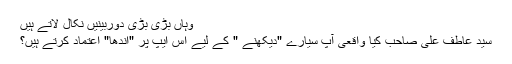
وہاں بڑی بڑی دوربینیں نکال لاتے ہیں
سید عاطف علی صاحب کیا واقعی آپ سیارے "دیکھنے " کے لیے اس ایپ پر "اندھا" اعتماد کرتے ہیں؟